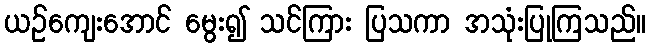
ယဉ်ကျေးအောင် မွေး၍ သင်ကြား ပြသကာ အသုံးပြုကြသည်။